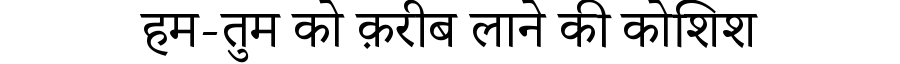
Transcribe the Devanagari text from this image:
हम-तुम को क़रीब लाने की कोशिश